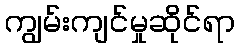
ကျွမ်းကျင်မှုဆိုင်ရာ